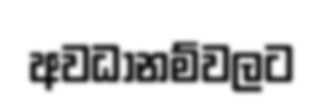
අවධානම්වලට